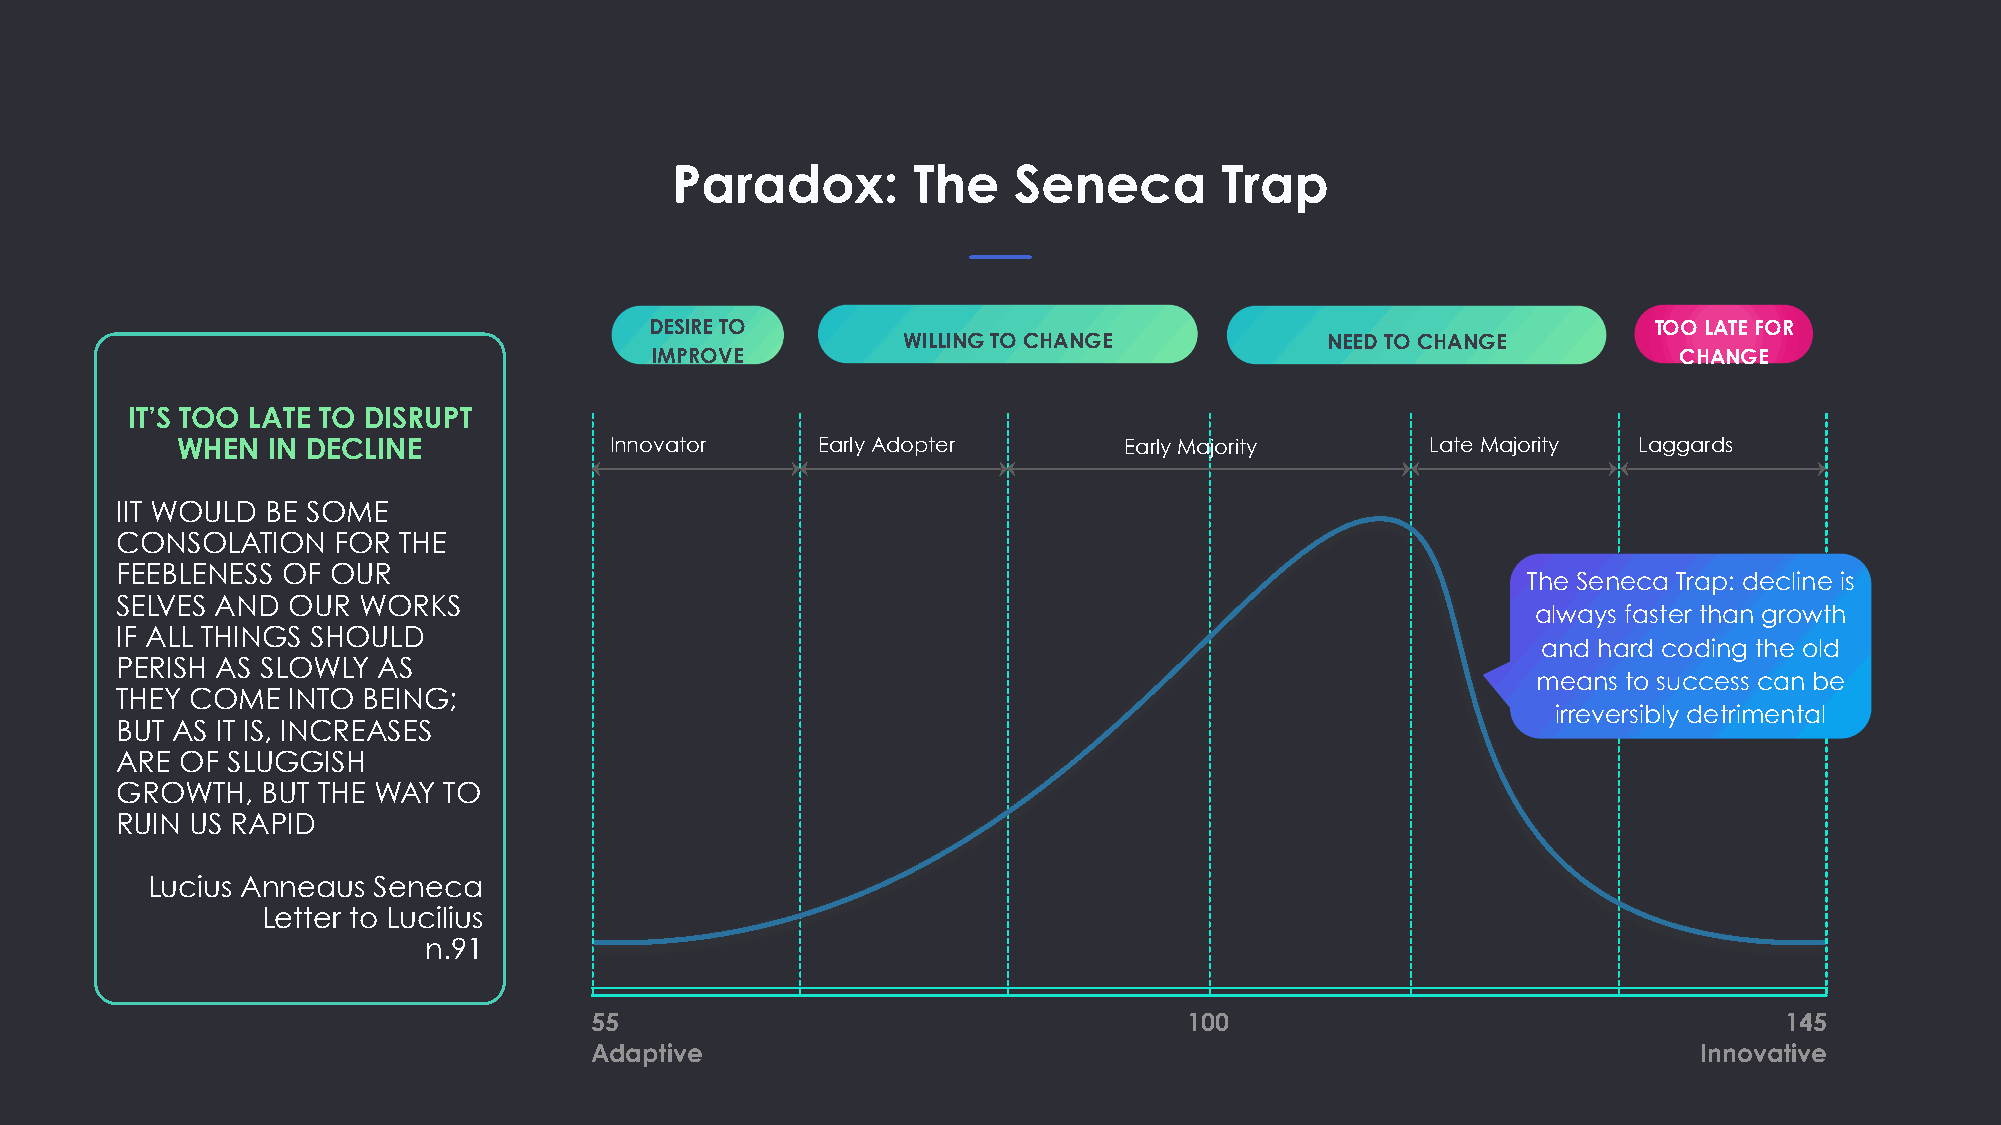
Paradox:        The    Seneca        Trap
 DESIRE TO                                                         TOO LATE FOR
 WILLING TO CHANGE           NEED TO CHANGE
 IMPROVE                                                             CHANGE
 IT’S TOO LATE TO DISRUPT
 WHEN  IN DECLINE            Innovator     Early Adopter       Early Majority       Late Majority Laggards
 IIT WOULD BE SOME
 CONSOLATION   FOR THE
 FEEBLENESS OF OUR
 The Seneca Trap: decline is
 SELVES AND OUR  WORKS
 always faster than growth
 IF ALL THINGS SHOULD
 and hard coding the old
 PERISH AS SLOWLY AS
 means to success can be
 THEY COME  INTO BEING;
 irreversibly detrimental
 BUT AS IT IS, INCREASES
 ARE OF SLUGGISH
 GROWTH,  BUT THE WAY TO
 RUIN US RAPID
 Lucius Anneaus Seneca
 Letter to Lucilius
 n.91
 55                                      100                                    145
 Adaptive                                                                  Innovative